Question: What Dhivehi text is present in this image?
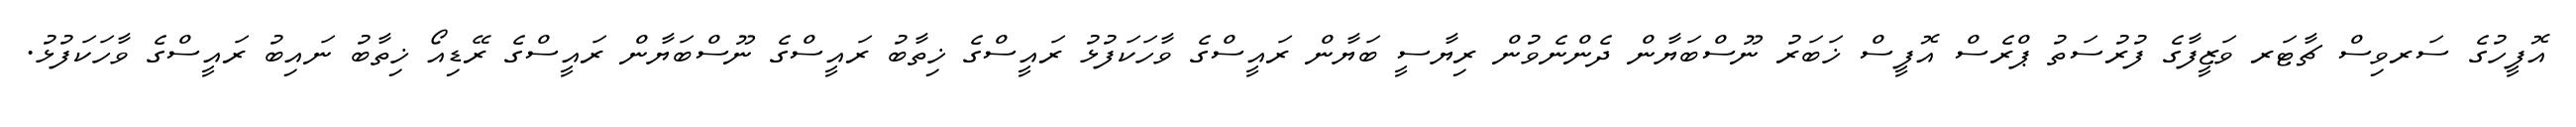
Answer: އޮފީހުގެ ސަރވިސް ޗާޓަރ ވަޒީފާގެ ފުރުސަތު ޕްރެސް އޮފީސް ޚަބަރު ނޫސްބަޔާން ދެންނެވުން ރިޔާސީ ބަޔާން ރައީސްގެ ވާހަކަފުޅު ރައީސްގެ ޚިތާބު ރައީސްގެ ނޫސްބަޔާން ރައީސްގެ ރޭޑިއޯ ޚިތާބު ނައިބު ރައީސްގެ ވާހަކަފުޅު.